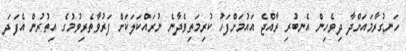
ހަނގުރާމައަށްދާ ދިވެހިން އެނބުރި ރާއްޖެ އައުމަށްފަހު ކުރިމަތިވެދާނެ ނުރައްކަލަކަށް ފަރުވާތެރިވުމުގެ އިތުރުން އެފަދަ